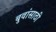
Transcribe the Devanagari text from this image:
बुवांसाठी